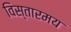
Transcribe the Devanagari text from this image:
विस्तारमय